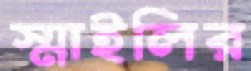
স্মাইলির